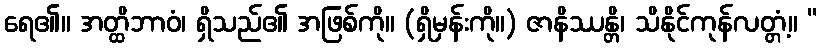
ရေ၏။ အတ္ထိဘာဝံ၊ ရှိသည်၏ အဖြစ်ကို။ (ရှိမှန်းကို။) ဇာနိဿန္တိ၊ သိနိုင်ကုန်လတ္တံ့။ “